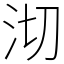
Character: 沏